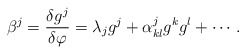
\begin{align*}{\beta^j}={{\delta{g^j}}\over{\delta\varphi}}={\lambda_j}{g^j}+{\alpha^j_{kl}}{g^k}{g^l}+\cdots.\end{align*}